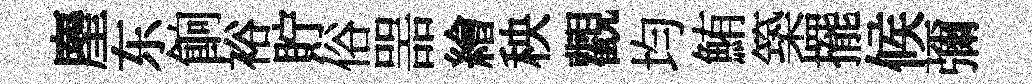
麈东餉裕貯俗噐繪秧觀均鮪築擺候彌